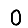
Digit: 0